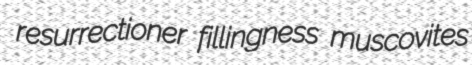
resurrectioner fillingness muscovites